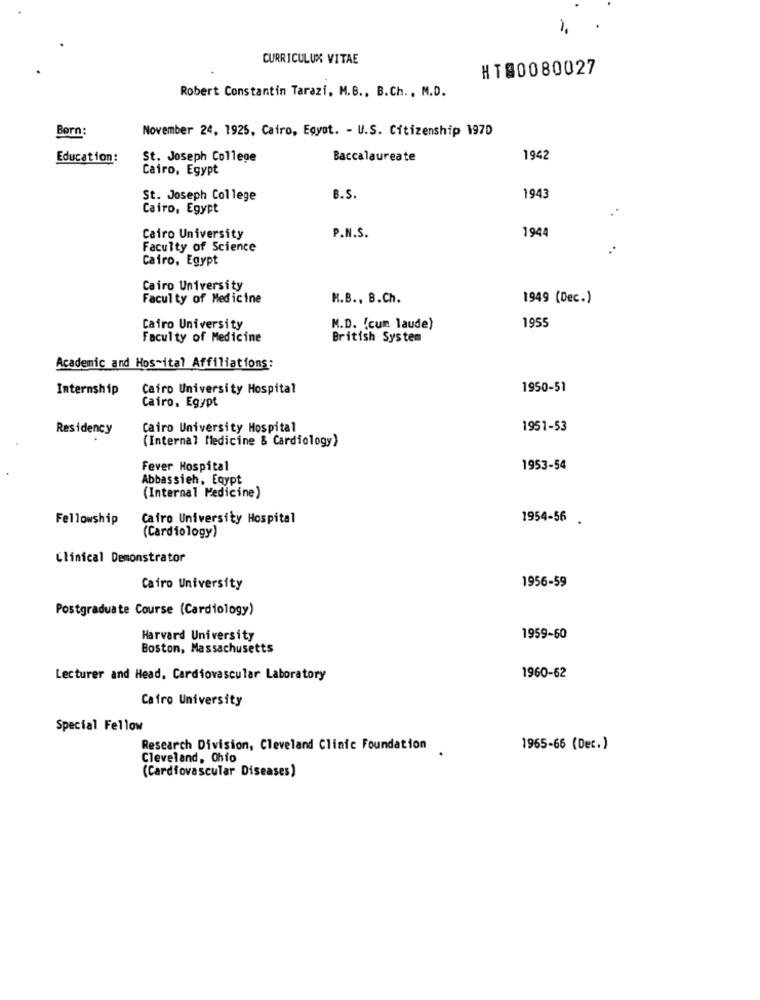
CURRICULUM VITAE
HT@0080027
Robert Constantin Tarazi, M.B ., B.Ch ., M.D.
Born:
November 24, 1925, Cairo, Egyot. - U.S. Citizenship 1970
Education:
St. Joseph College
Baccalaureate
1942
Cairo, Egypt
St. Joseph College
B.S.
1943
Cairo, Egypt
P.N.S.
1944
Cairo University
Faculty of Science
Cairo, Egypt
Cairo University
Faculty of Medicine
H.B ., B.Ch.
1949 (Dec.)
Cairo University
M.D. (cum laude)
1955
Faculty of Medicine
British System
Academic and Hos-ital Affiliations:
Internship
Cairo University Hospital
1950-51
Cairo, Egypt
Residency
Cairo University Hospital
1951-53
(Internal Medicine & Cardiology)
Fever Hospital
1953-54
Abbassieh, Egypt
(Internal Medicine)
Fellowship
Cairo University Hospital
1954-56
(Cardiology)
Clinical Demonstrator
Cairo University
1956-59
Postgraduate Course (Cardiology)
Harvard University
1959-60
Boston, Massachusetts
Lecturer and Head, Cardiovascular Laboratory
1960-62
Cairo University
Special Fellow
Research Division, Cleveland Clinic Foundation
1965-66 (Det.)
Cleveland, Ohio
(Cardiovascular Diseases)